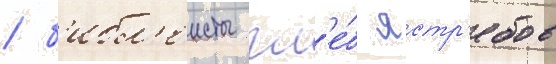
/ б'ибл'еисты гл'е́б ястр'ебов